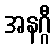
အနဂ္ဂီ